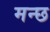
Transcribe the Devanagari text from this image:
मन्छ